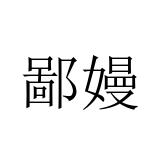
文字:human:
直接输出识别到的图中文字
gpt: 鄙嫚